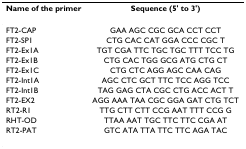
<table><thead><tr><td><b>Name of the primer</b></td><td><b>Sequence (5&#x27; to 3&#x27;)</b></td></tr></thead><tbody><tr><td>FT2-CAP</td><td>GAA AGC CGC GCA CCT CCT</td></tr><tr><td>FT2-SP1</td><td>CTG CAC CAT GGA CCC CGC T</td></tr><tr><td>FT2-Ex1A</td><td>TGT CGA TTC TGC TGC TTT TCC TG</td></tr><tr><td>FT2-Ex1B</td><td>CTG CAC TGG GCG ATG CTG CT</td></tr><tr><td>FT2-Ex1C</td><td>CTG CTC AGG AGC CAA CAG</td></tr><tr><td>FT2-Int1A</td><td>AGC CTC GCT TTC TCC AGG TCC</td></tr><tr><td>FT2-Int1B</td><td>TAG GAG CTA CGC CTG ACC ACT T</td></tr><tr><td>FT2-EX2</td><td>AGG AAA TAA CGC GGA GAT CTG TCT</td></tr><tr><td>RT2-R1</td><td>TTG CTT CTT CCG AAT TTT CCG G</td></tr><tr><td>RHT-OD</td><td>TTAA AAT TGC TTC TTC CGA AT</td></tr><tr><td>RT2-PAT</td><td>GTC ATA TTA TTC TTC AGA TAC</td></tr></tbody></table>